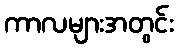
ကာလများအတွင်း